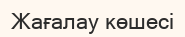
Жағалау көшесі